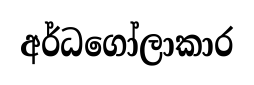
අර්ධගෝලාකාර